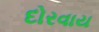
દોરવાય